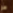
هو